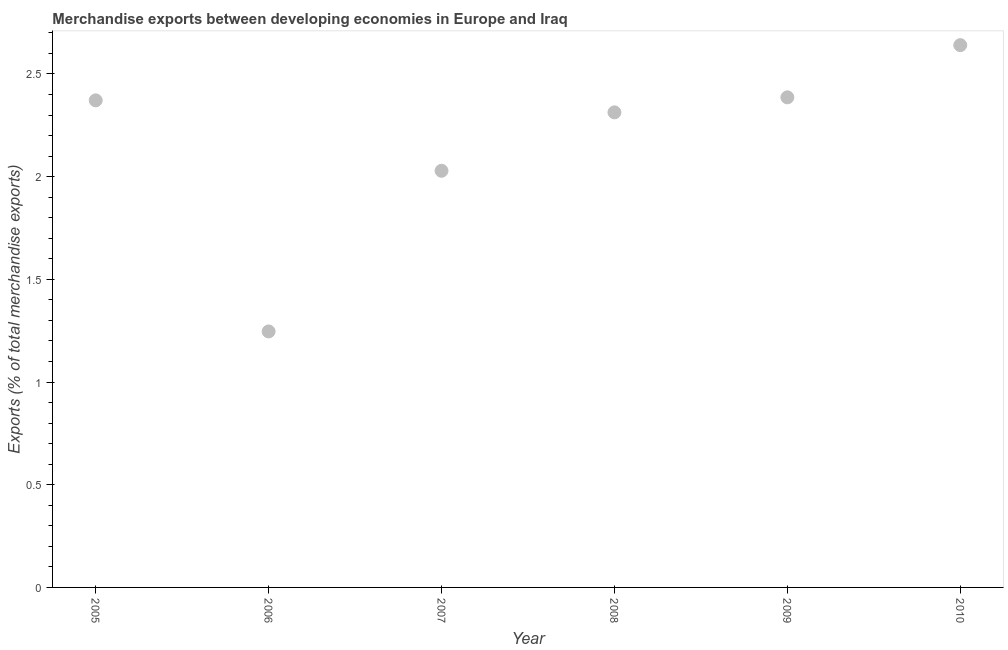
| Year | Merchandise Exports |
 | --- | --- |
 | 2005 | 2.37 |
 | 2006 | 1.25 |
 | 2007 | 2.03 |
 | 2008 | 2.31 |
 | 2009 | 2.39 |
 | 2010 | 2.64 |